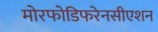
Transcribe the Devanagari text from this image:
मोरफोडिफरेनसीएशन